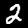
Digit: 2